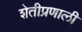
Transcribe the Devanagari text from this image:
शेतीप्रणाली